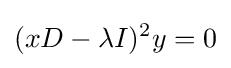
(xD-\lambda I)^{2}y=0